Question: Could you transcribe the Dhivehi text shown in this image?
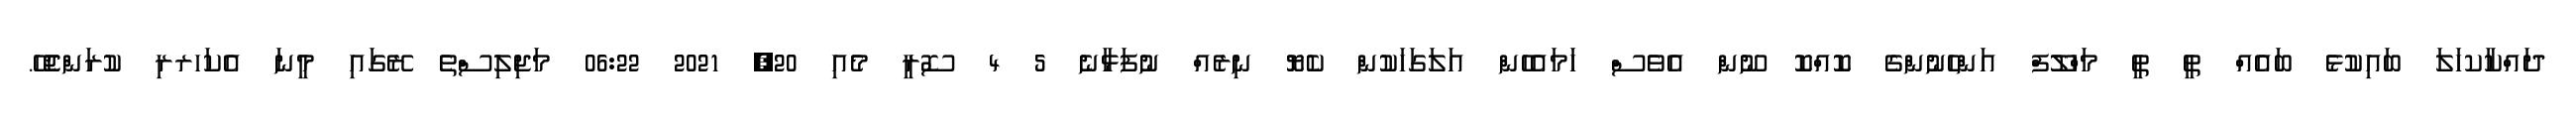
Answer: ދައްކާކހަލަ ބައިކުޅެ ބައެއް ތީ ތީ މަހްލޫފް އަންހެނުންގެ ކޮއްކޮ ނޫން އެވެސް ހަމައެހެން އަލަގަހަކުން ކެޔޮ ނިރެއް ނުފަޅާނެ 5 4 ސޮރީ މެއި 20, 2021 06:22 މަޖިލިސްތެ ރޭގައި މީނަ އެކަހރރި ކުރަންޖެހޭ.